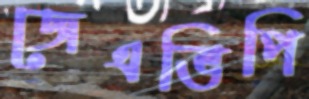
জেএভিপি